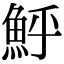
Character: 𩶈